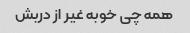
همه چی خوبه غیر از دربش